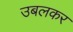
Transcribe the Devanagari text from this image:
उबलकर